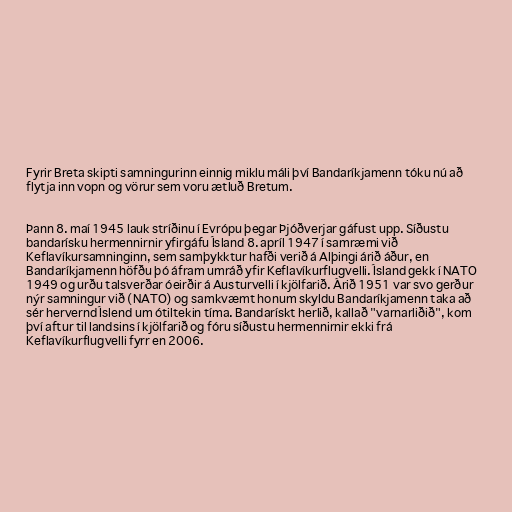
Fyrir Breta skipti samningurinn einnig miklu máli því Bandaríkjamenn tóku nú að
flytja inn vopn og vörur sem voru ætluð Bretum.

Þann 8. maí 1945 lauk stríðinu í Evrópu þegar Þjóðverjar gáfust upp. Síðustu
bandarísku hermennirnir yfirgáfu Ísland 8. apríl 1947 í samræmi við
Keflavíkursamninginn, sem samþykktur hafði verið á Alþingi árið áður, en
Bandaríkjamenn höfðu þó áfram umráð yfir Keflavíkurflugvelli. Ísland gekk í NATO
1949 og urðu talsverðar óeirðir á Austurvelli í kjölfarið. Árið 1951 var svo gerður
nýr samningur við (NATO) og samkvæmt honum skyldu Bandaríkjamenn taka að
sér hervernd Íslend um ótiltekin tíma. Bandarískt herlið, kallað "varnarliðið", kom
því aftur til landsins í kjölfarið og fóru síðustu hermennirnir ekki frá
Keflavíkurflugvelli fyrr en 2006.